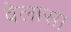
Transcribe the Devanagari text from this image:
वेलासा